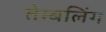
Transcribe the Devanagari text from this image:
तेम्बलिंग